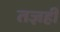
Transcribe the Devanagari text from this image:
तज्ञही